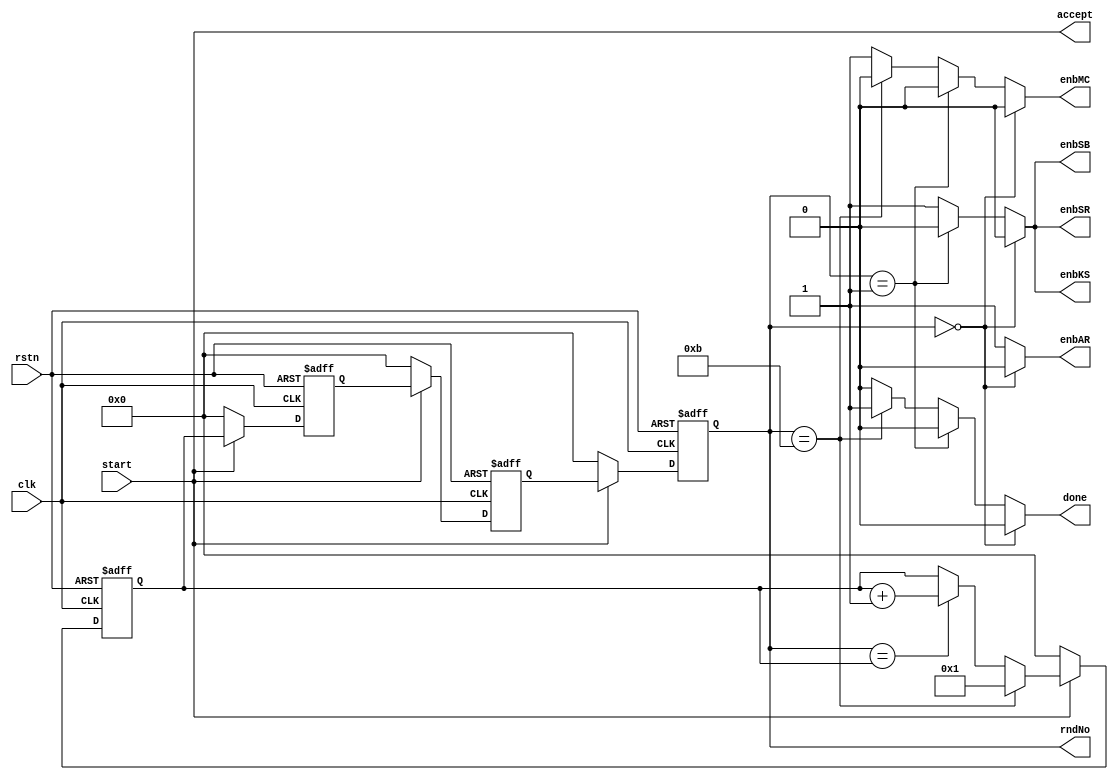
module AEScntx #(parameter N=4)(
//from testbench
input clk,
input start,
input rstn,
//to AEScore
output accept,
output [3:0] rndNo,
output reg enbSB,
output reg enbSR,
output reg enbMC,
output reg enbAR,
output reg enbKS,
//to testbench
output reg done
);

reg [3:0] rndNo_reg[N:1];

genvar j;

generate for(j=1; j<=N; j=j+1)
begin

// round counter manager
always @(posedge clk or negedge rstn)
    begin
        if(~rstn)
            rndNo_reg[j] <= 4'h0;
        else if(~start)
            rndNo_reg[j] <= 4'h0;
        else
	begin
		if(j==1)
			begin
				if(rndNo_reg[N]==4'hb)
					rndNo_reg[j] <= 4'h1;
				else if(rndNo_reg[N]==rndNo_reg[j])
					rndNo_reg[j] <= rndNo_reg[j]+4'h1;
			end
		else
            		rndNo_reg[j] <= rndNo_reg[j-1];
    	end
    end

end 
endgenerate

always @(*)
begin   

//Assign the signals for the AES FSM flow
//Assign the initial signals
if( rndNo_reg[N] == 4'h0 )
    begin
        //accept = 1'b1;
        enbSB = 1'b0;
        enbSR = 1'b0;
        enbMC = 1'b0;
        enbAR = 1'b0;
        enbKS = 1'b0;
        done = 1'b0;    
    end
 
//First round of AES   
else if(rndNo_reg[N] == 4'h1)
    begin
        //accept = 1'b1;
        enbSB = 1'b0;
        enbSR = 1'b0;
        enbMC = 1'b0;
        enbAR = 1'b1;
        enbKS = 1'b0;
        done = 1'b0;
    end
    
//final round of AES  
else if( rndNo_reg[N] == 4'hb)
    begin
        //accept = 1'b1;
        enbSB = 1'b1;
        enbSR = 1'b1;
        enbMC = 1'b0;
        enbAR = 1'b1;
        enbKS = 1'b1;
        done = 1'b1;
    end
          
//9 main rounds of AES
else 
    begin
        //accept = 1'b1;
        enbSB = 1'b1;
        enbSR = 1'b1;
        enbMC = 1'b1;
        enbAR = 1'b1;
        enbKS = 1'b1;
        done = 1'b0;
    end       
end  

assign rndNo = rndNo_reg[N];
assign accept = start; 

endmodule